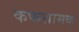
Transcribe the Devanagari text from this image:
कफशामक